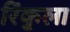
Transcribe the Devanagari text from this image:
रिंकुला